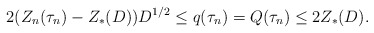
\begin{align*}2(Z_n(\tau_n)-Z_*(D))D^{1/2}\le q(\tau_n)=Q(\tau_n)\le 2Z_*(D).\end{align*}